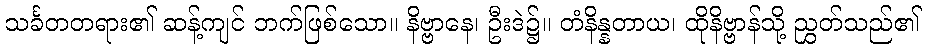
သင်္ခတတရား၏ ဆန့်ကျင် ဘက်ဖြစ်သော။ နိဗ္ဗာနေ၊ ဦးဒဲ၌။ တံနိန္နတာယ၊ ထိုနိဗ္ဗာန်သို့ ညွှတ်သည်၏